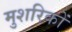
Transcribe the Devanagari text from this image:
मुशरिकों